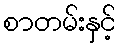
စာတမ်းနှင့်